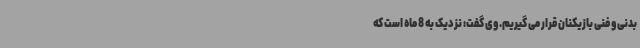
بدنی و فنی بازیکنان قرار می گیریم. وی گفت: نزدیک به 8 ماه است که